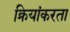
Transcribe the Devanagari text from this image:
क्रियांकरता